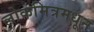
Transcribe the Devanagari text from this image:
लोकमित्रमधून